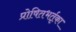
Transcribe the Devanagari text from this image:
प्रोषितभर्तृका